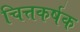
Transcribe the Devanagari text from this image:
चित्तकर्षक